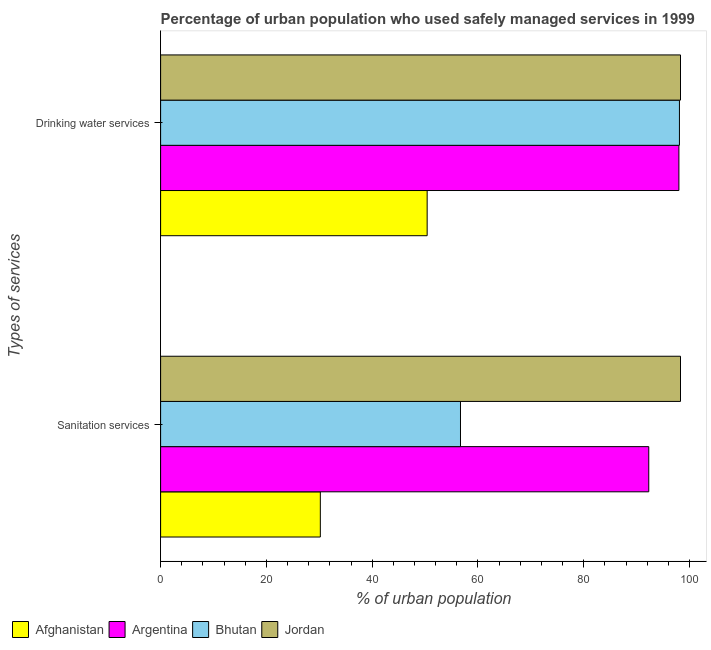
| Types of services | Afghanistan | Argentina | Bhutan | Jordan |
 | --- | --- | --- | --- | --- |
 | Sanitation services | 30.2 | 92.3 | 56.7 | 98.3 |
 | Drinking water services | 50.4 | 98 | 98.1 | 98.3 |